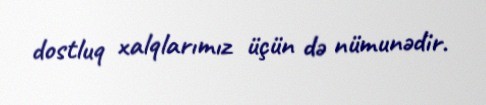
dostluq xalqlarımız üçün də nümunədir.